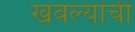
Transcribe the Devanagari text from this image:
खवल्यांची